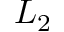
L _ { 2 }